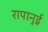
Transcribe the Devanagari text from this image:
रापानुई